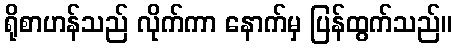
ရိုစာဟန်သည် လိုက်ကာ နောက်မှ ပြန်ထွက်သည်။